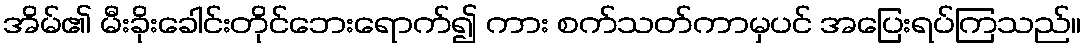
အိမ်၏ မီးခိုးခေါင်းတိုင်ဘေးရောက်၍ ကား စက်သတ်ကာမှပင် အပြေးရပ်ကြသည်။